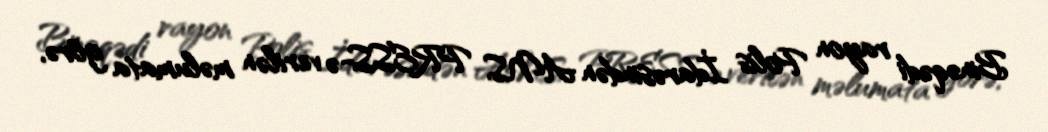
Binəqədi rayon Polis İdarəsindən ANS PRESS-ə verilən məlumata görə,